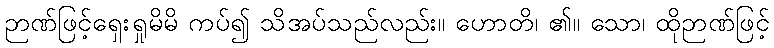
ဉာဏ်ဖြင့်ရှေးရှုမိမိ ကပ်၍ သိအပ်သည်လည်း။ ဟောတိ၊ ၏။ သော၊ ထိုဉာဏ်ဖြင့်